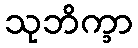
သုဘိက္ခာ